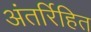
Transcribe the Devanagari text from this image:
अंतर्रिहित